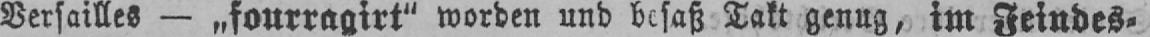
Versailles - „fourragirt“ worden und besaß Takt genug, im Feindes-